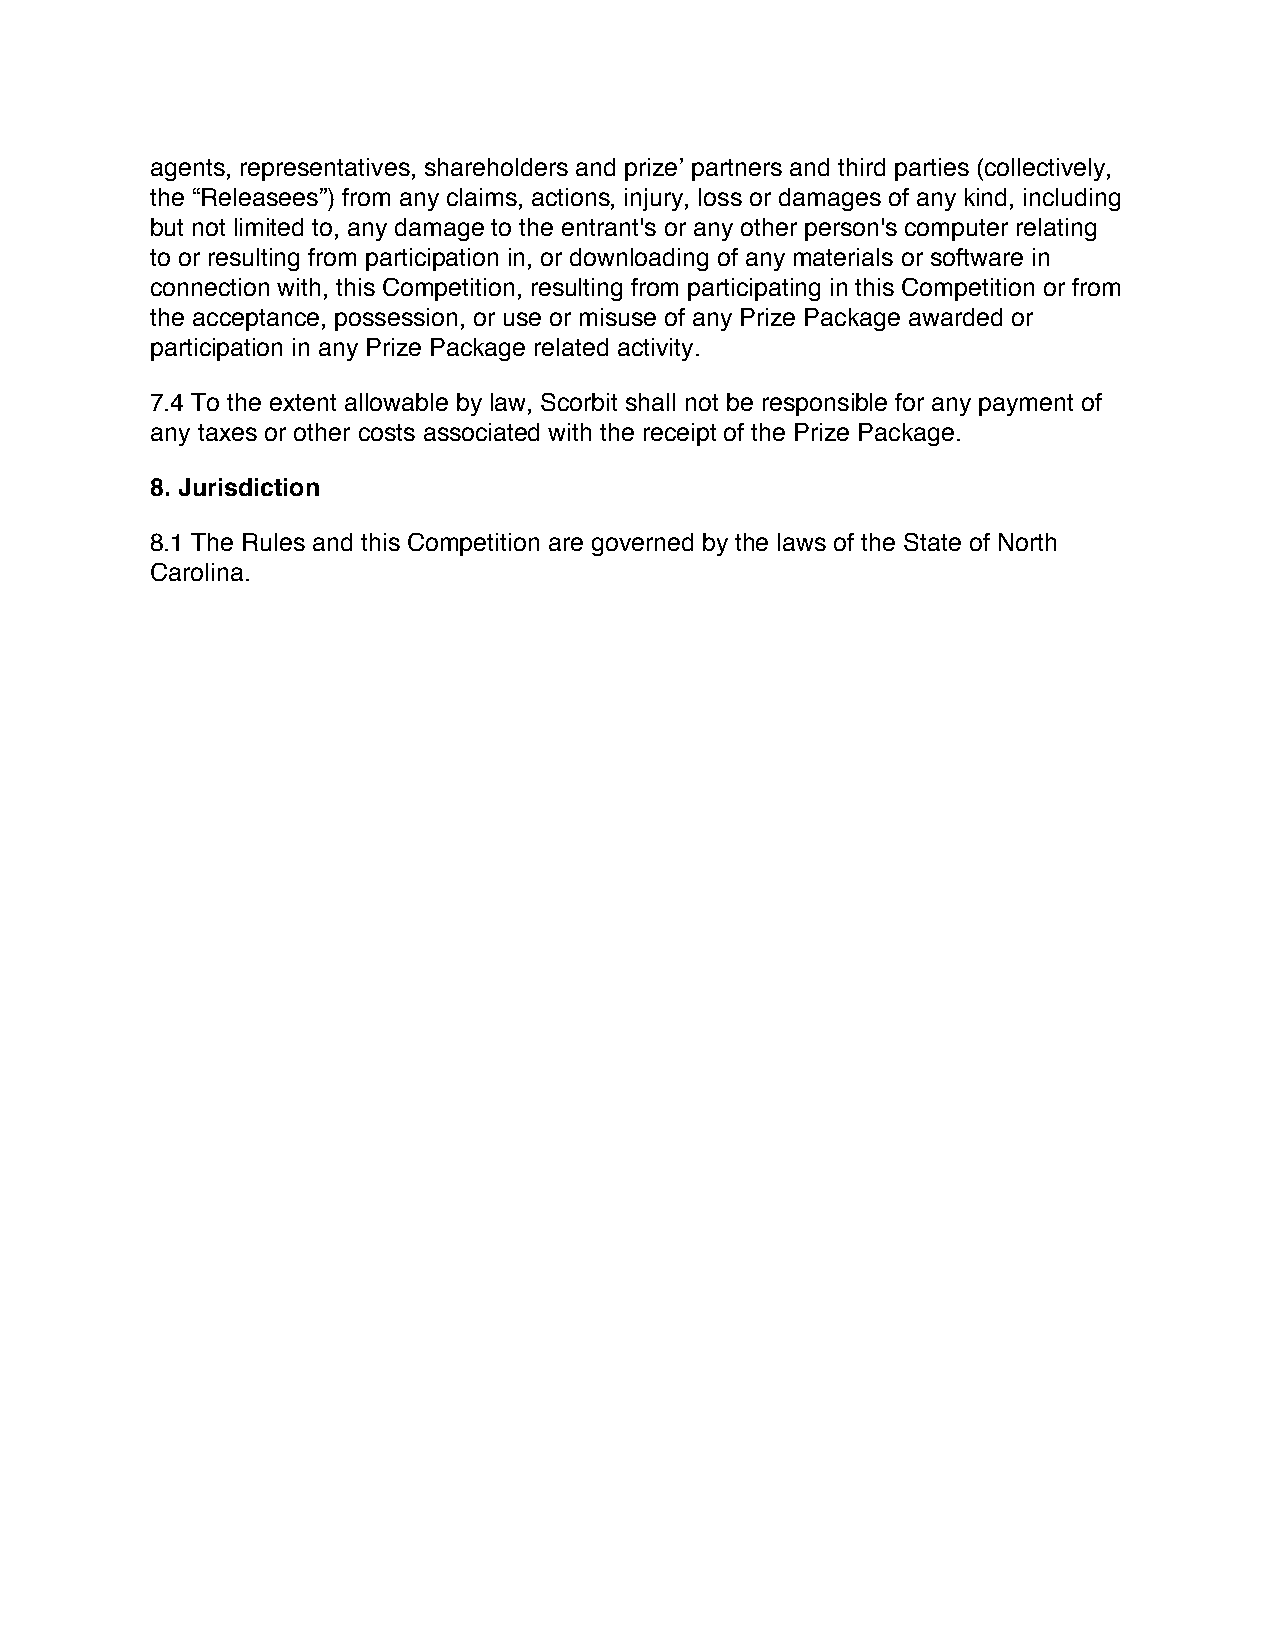
agents, representatives, shareholders and prize’ partners and third parties (collectively,
 the “Releasees”) from any claims, actions, injury, loss or damages of any kind, including
 but not limited to, any damage to the entrant's or any other person's computer relating
 to or resulting from participation in, or downloading of any materials or software in
 connection with, this Competition, resulting from participating in this Competition or from
 the acceptance, possession, or use or misuse of any Prize Package awarded or
 participation in any Prize Package related activity.
 7.4 To the extent allowable by law, Scorbit shall not be responsible for any payment of
 any taxes or other costs associated with the receipt of the Prize Package.
 8. Jurisdiction
 8.1 The Rules and this Competition are governed by the laws of the State of North
 Carolina.